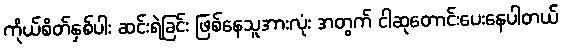
ကိုယ်စိတ်နှစ်ပါး ဆင်းရဲခြင်း ဖြစ်နေသူအားလုံး အတွက် ငါဆုတောင်းပေးနေပါတယ်